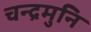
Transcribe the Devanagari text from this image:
चन्द्रमुनि